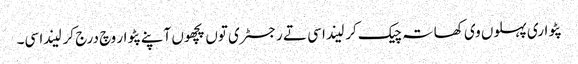
پٹواری پہلوں وی کھاتہ چیک کر لیندا سی تے رجسٹری توں پچھوں آپنے پٹوار وچ درج کر لیندا سی۔